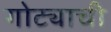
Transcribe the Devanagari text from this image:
गोट्याची